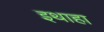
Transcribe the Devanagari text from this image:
इथाहा